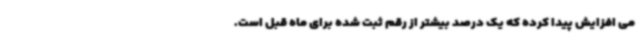
می افزایش پیدا کرده که یک درصد بیشتر از رقم ثبت شده برای ماه قبل است.